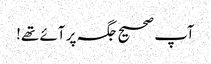
آپ صحیح جگہ پر آئے تھے!